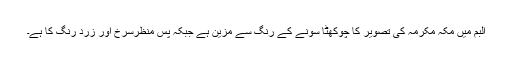
البم میں مکہ مکرمہ کی تصویر کا چوکھٹا سونے کے رنگ سے مزین ہے جبکہ پس منظرسرخ اور زرد رنگ کا ہے۔